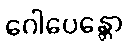
ဂေါပေန္တော